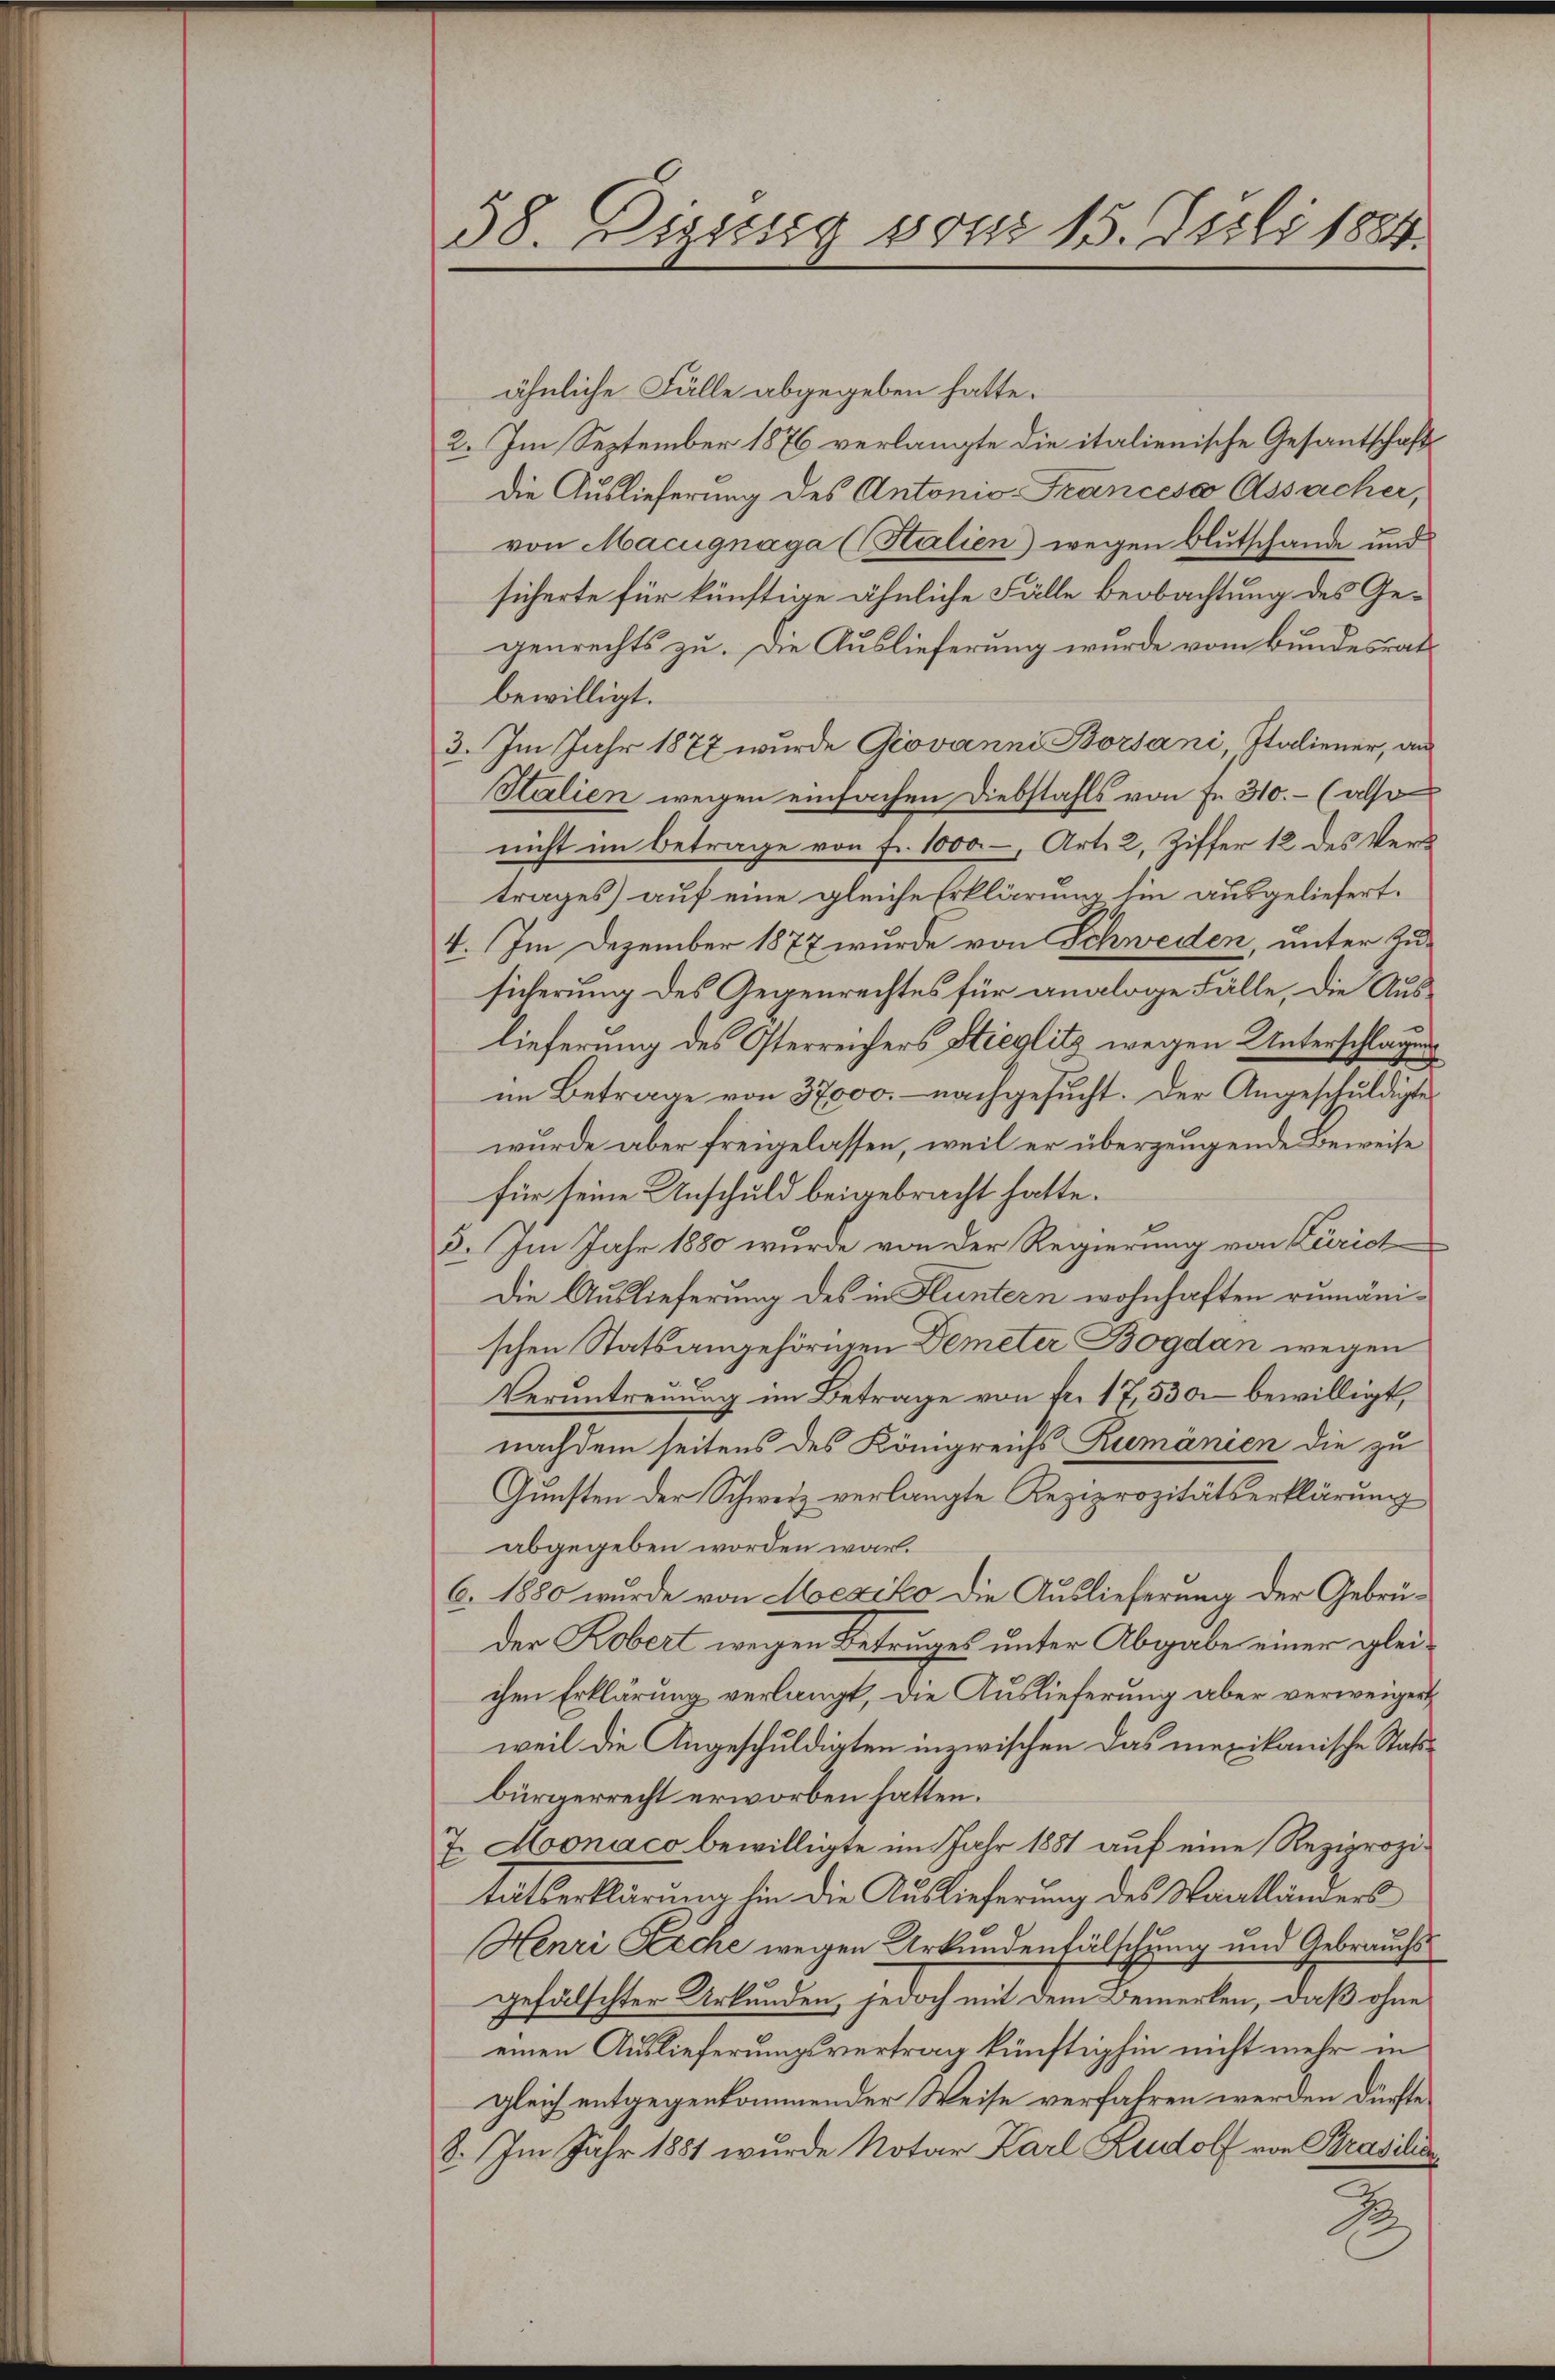
58. Dessig von 15. Juli 1884.

ähnliche Fälle abgegeben hatte.
2. Im September 1876 verlangte die italienische Gesantschaft
die Auslieferung des Antonio-Francess Assacher,
von Macugnága ((Salien) wegen Blutschande und
sicherte für künftige ähnliche Fälle Beobachtung des Gegenrechts zu. Die Auslieferung wurde vom Bundesrats
bewilligt.
3. Im Jahr 1877 wurde Giovanni Borsani, Italiener, an
Stalien wegen einfachen Diebstahls von Fr. 310.- (also
nicht im Betrage von fr. 1000.-, Art. 2, Ziffer 12 des Vertrages) auf eine gleiche Erklärung hin ausgeliefert.
4. Im Dezember 1877 wurde von Schweden, unter Zu-
sicherung des Gegenrechtes für analoge Fälle, die Auslieferung des Osterreichers Stieglitz wegen Unterschlagung
im Betrage von 37000. nachgesucht. Der Angeschuldigte
wurde aber freigelassen, weil er überzeugende Beweise
für seine Anschuld beigebracht hatte.
3. Im Jahr 1880 wurde von der Regierung von Züric
Die Auslieferung des in Fluntern wohnhaften rumänischen Statsangehörigen Demeter Bogdan wegen
Veruntreuung im Betrage von fr. 17,530 bewilligt,
nachdem seitens des Königreichs Rumänien die zu
Gunsten der Schweiz verlangte Reziprozitätserklärung
abgegeben worden war.
6. 1880 wurde von Mexiko die Auslieferung der Gebrüder Kobert wegen Betruges unter Abgabe einer gleichen Erklärung verlangt, die Auslieferung aber verweigert
weil die Angeschuldigten inzwischen das mexikanische Statbürgerrecht erworben hatten.
7. Aoonáco bewilligte im Jahr 1881 auf eine Reziprozitatserklärung hin die Auslieferung des Staatländers
Henri Reche wegen Urkundenfälschung und Gebrauchs
gefälschter Urkunden, jedoch mit dem Bemerken, daß ohne
einen Auslieferungsvertrag künftighin nicht mehr in
gleich entgegenkommender Weise verfahren werden dürfte,
8. Im Jahr 1881 wurde Notar Karl Rudolf von Brasilien
B